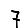
Digit: 7